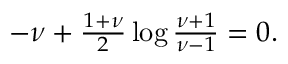
\begin{array} { r } { - \nu + \frac { 1 + \nu } { 2 } \log \frac { \nu + 1 } { \nu - 1 } = 0 . } \end{array}